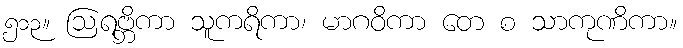
၅၁၃။ ဩရဗ္ဘိကာ သူကရိကာ၊ မာဂဝိကာ တေ စ သာကုဏိကာ။